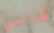
قاسى